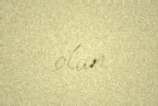
olun.